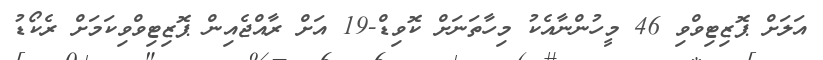
އަލަށް ޕޮޒިޓިވްވި 46 މީހުންނާއެކު މިހާތަނަށް ކޮވިޑް-19 އަށް ރާއްޖެއިން ޕޮޒިޓިވްވިކަމަށް ރެކޯޑު